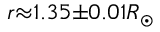
r { \approx } 1 . 3 5 { \pm } 0 . 0 1 R _ { \odot }